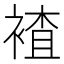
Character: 𮖕